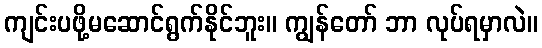
ကျင်းပဖို့မဆောင်ရွက်နိုင်ဘူး။ ကျွန်တော် ဘာ လုပ်ရမှာလဲ။